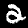
Digit: 2